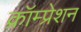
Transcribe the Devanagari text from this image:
क्रॉम्प्रेशन